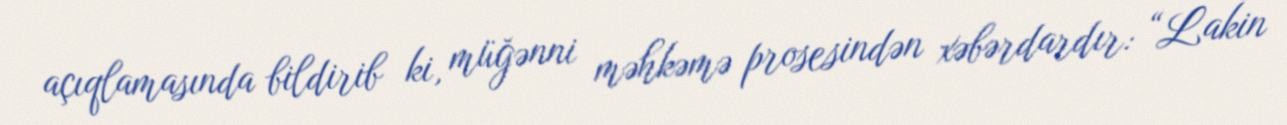
açıqlamasında bildirib ki, müğənni məhkəmə prosesindən xəbərdardır: “Lakin